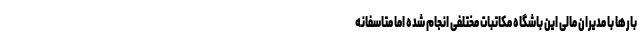
بارها با مدیران مالی این باشگاه مکاتبات مختلفی انجام شده اما متاسفانه